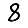
Digit: 8